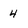
Character: 4